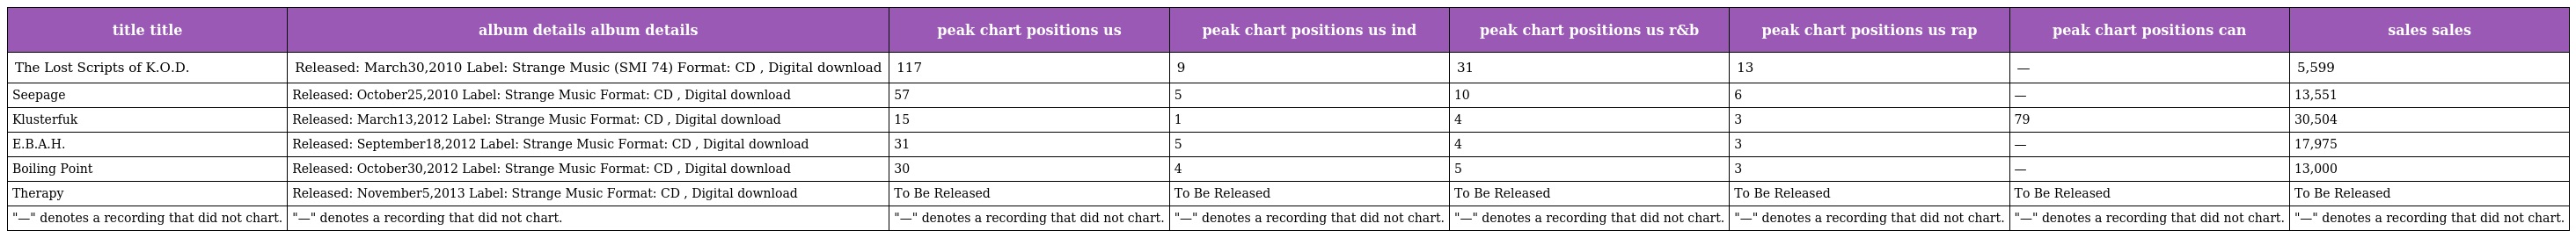
| title title | album details album details | peak chart positions us | peak chart positions us ind | peak chart positions us r&b | peak chart positions us rap | peak chart positions can | sales sales |
 | --- | --- | --- | --- | --- | --- | --- | --- |
 | The Lost Scripts of K.O.D. | Released: March30,2010 Label: Strange Music (SMI 74) Format: CD , Digital download | 117 | 9 | 31 | 13 | — | 5,599 |
 | Seepage | Released: October25,2010 Label: Strange Music Format: CD , Digital download | 57 | 5 | 10 | 6 | — | 13,551 |
 | Klusterfuk | Released: March13,2012 Label: Strange Music Format: CD , Digital download | 15 | 1 | 4 | 3 | 79 | 30,504 |
 | E.B.A.H. | Released: September18,2012 Label: Strange Music Format: CD , Digital download | 31 | 5 | 4 | 3 | — | 17,975 |
 | Boiling Point | Released: October30,2012 Label: Strange Music Format: CD , Digital download | 30 | 4 | 5 | 3 | — | 13,000 |
 | Therapy | Released: November5,2013 Label: Strange Music Format: CD , Digital download | To Be Released | To Be Released | To Be Released | To Be Released | To Be Released | To Be Released |
 | "—" denotes a recording that did not chart. | "—" denotes a recording that did not chart. | "—" denotes a recording that did not chart. | "—" denotes a recording that did not chart. | "—" denotes a recording that did not chart. | "—" denotes a recording that did not chart. | "—" denotes a recording that did not chart. | "—" denotes a recording that did not chart. |